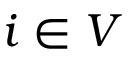
i \in V